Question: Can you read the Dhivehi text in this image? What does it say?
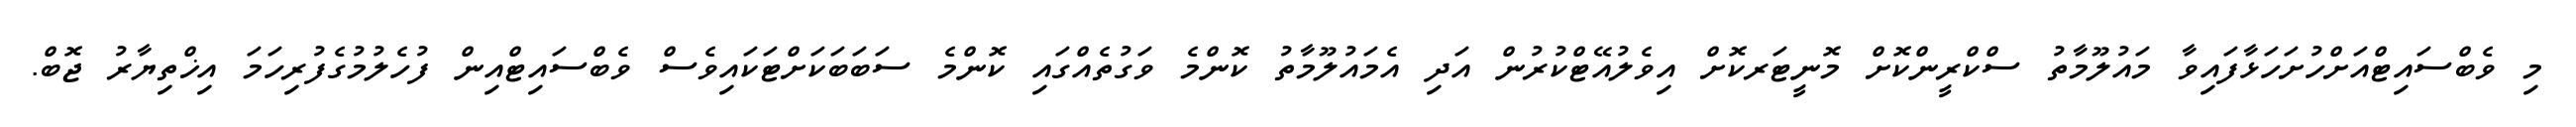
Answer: މި ވެބްސައިޓްއަށްހުށަހަޅާފައިވާ މައުލޫމާތު ސްކްރީންކޮށް މޮނީޓަރކޮށް އިވެލުއޭޓްކުރުން އަދި އެމައުލޫމާތު ކޮންމެ ވަގުތެއްގައި ކޮންމެ ސަބަބަކަށްޓަކައިވެސް ވެބްސައިޓްއިން ފުހެލުމުގެފުރިހަމަ އިޚްތިޔާރު ޖޮބް.